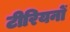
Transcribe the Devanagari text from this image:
टीरियनों